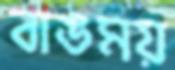
বাঙময়